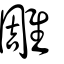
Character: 雕